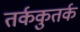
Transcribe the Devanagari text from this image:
तर्ककुतर्क